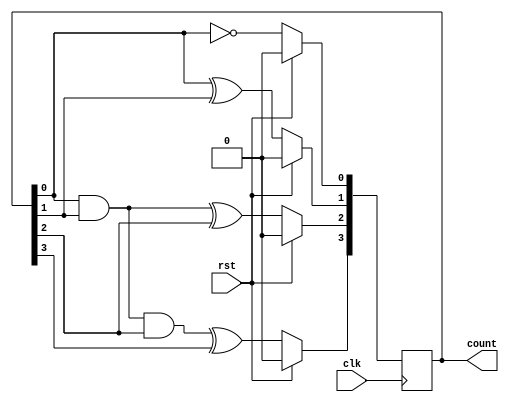
module counter
#(
    parameter BIT_WIDTH=4
)
(
    clk, rst, count
);

input clk, rst;
output reg [BIT_WIDTH-1:0] count;

always @(posedge clk) begin
    if (rst)
        count <= 4'b0;
    else begin
        count[0] <= ~count[0];
        count[1] <= count[0] ^ count[1];
        count[2] <= (count[0] & count[1]) ^ count[2];
        count[3] <= (count[0] & count[1] & count[2]) ^ count[3];
    end
end

endmodule